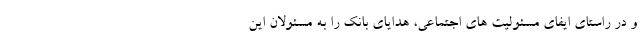
و در راستای ایفای مسئولیت های اجتماعی، هدایای بانک را به مسئولان این